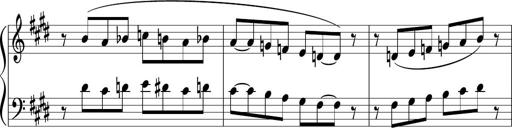
Title: Sonataette
Composer: Gergely Laszlo Matyas Jambor